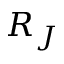
R _ { J }